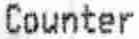
COUNTER